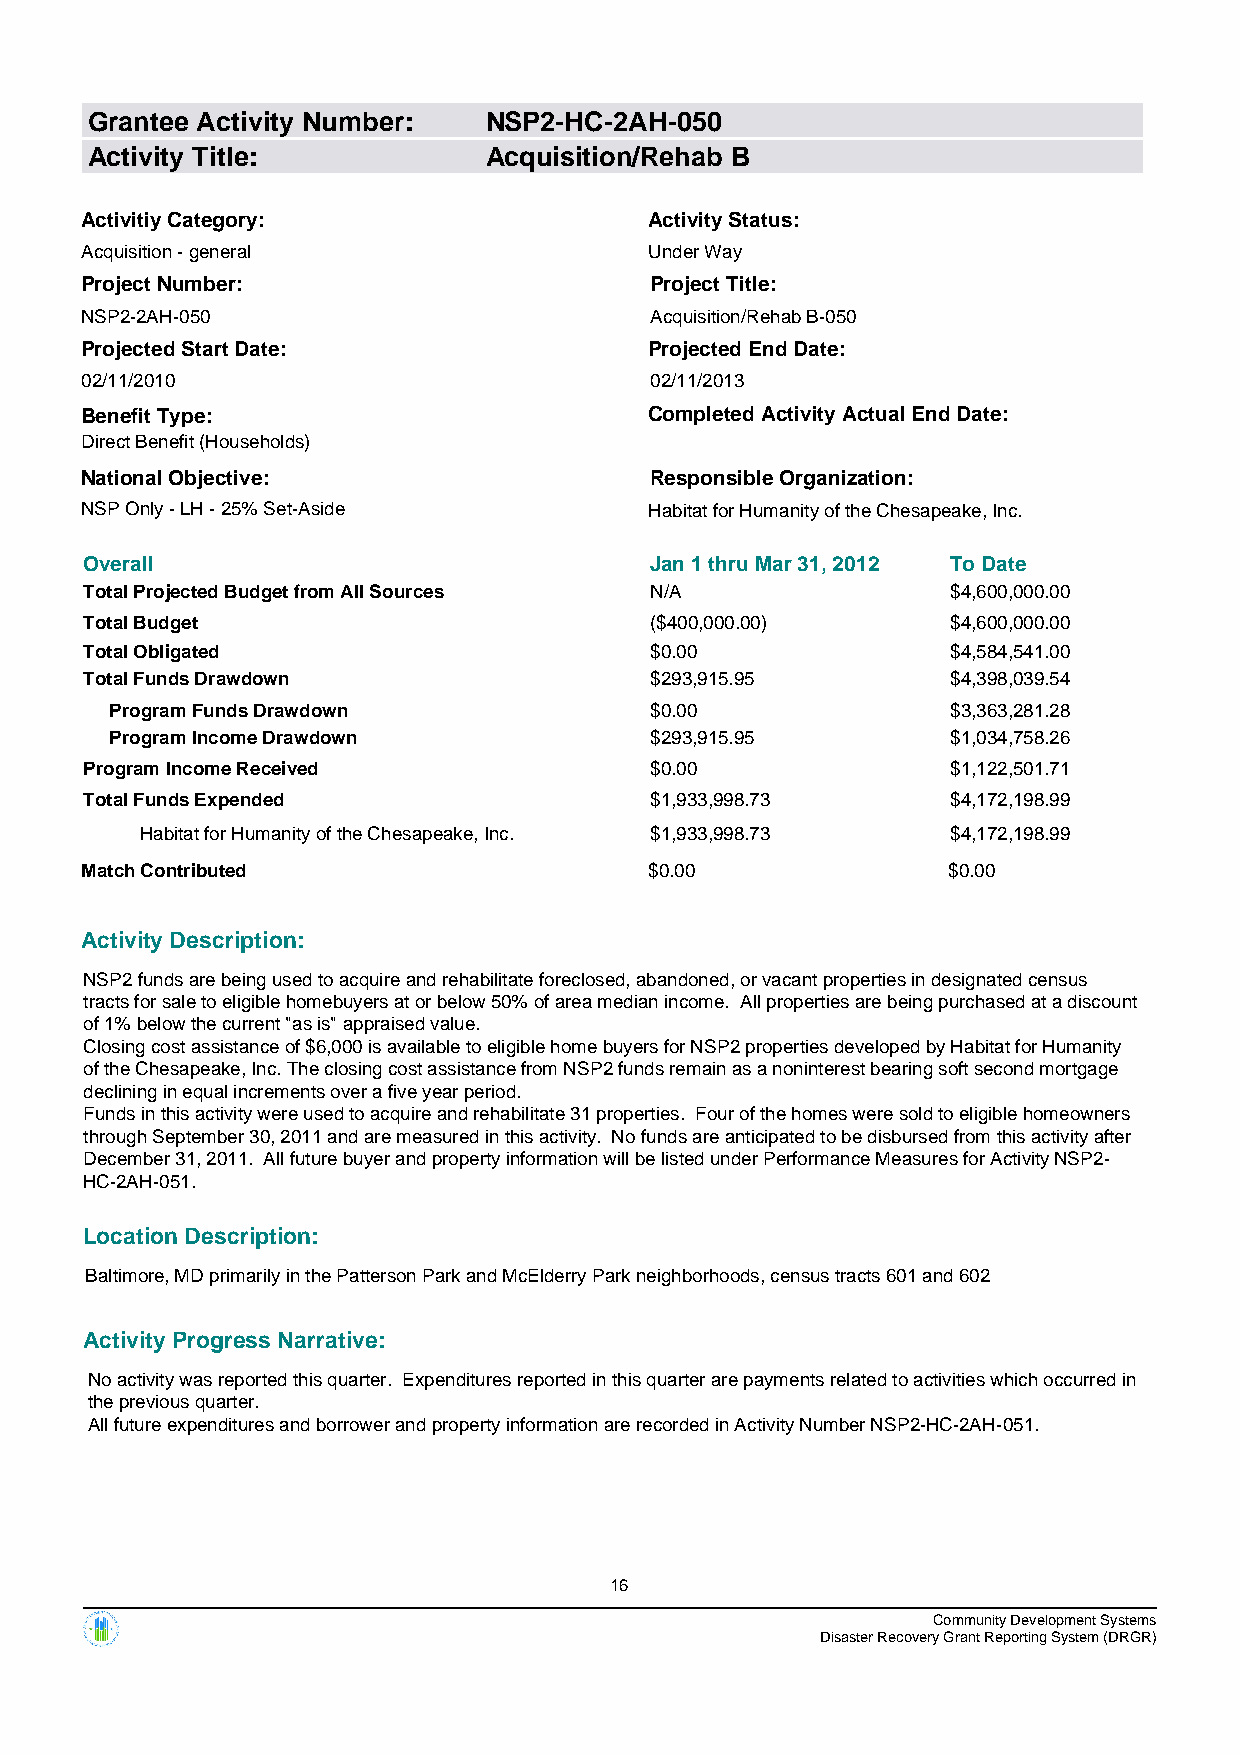
Grantee Activity Number:  NSP2-HC-2AH-050
 Activity Title:           Acquisition/Rehab B
 Activitiy Category:                   Activity Status:
 Acquisition - general                 Under Way
 Project Number:                       Project Title:
 NSP2-2AH-050                          Acquisition/Rehab B-050
 Projected Start Date:                 Projected End Date:
 02/11/2010                            02/11/2013
 Benefit Type:                         Completed Activity Actual End Date:
 Direct Benefit (Households)
 National Objective:                   Responsible Organization:
 NSP Only - LH - 25% Set-Aside         Habitat for Humanity of the Chesapeake, Inc.
 Overall                              Jan 1 thru Mar 31, 2012 To Date
 Total Projected Budget from All Sources N/A              $4,600,000.00
 Total Budget                         ($400,000.00)       $4,600,000.00
 Total Obligated                      $0.00               $4,584,541.00
 Total Funds Drawdown                 $293,915.95         $4,398,039.54
 Program Funds Drawdown              $0.00               $3,363,281.28
 Program Income Drawdown             $293,915.95         $1,034,758.26
 Program Income Received              $0.00               $1,122,501.71
 Total Funds Expended                 $1,933,998.73       $4,172,198.99
 Habitat for Humanity of the Chesapeake, Inc. $1,933,998.73 $4,172,198.99
 Match Contributed                     $0.00               $0.00
 Activity Description:
 NSP2 funds are being used to acquire and rehabilitate foreclosed, abandoned, or vacant properties in designated census
 tracts for sale to eligible homebuyers at or below 50% of area median income. All properties are being purchased at a discount
 of 1% below the current "as is" appraised value.
 Closing cost assistance of $6,000 is available to eligible home buyers for NSP2 properties developed by Habitat for Humanity
 of the Chesapeake, Inc. The closing cost assistance from NSP2 funds remain as a noninterest bearing soft second mortgage
 declining in equal increments over a five year period.
 Funds in this activity were used to acquire and rehabilitate 31 properties. Four of the homes were sold to eligible homeowners
 through September 30, 2011 and are measured in this activity. No funds are anticipated to be disbursed from this activity after
 December 31, 2011. All future buyer and property information will be listed under Performance Measures for Activity NSP2-
 HC-2AH-051.
 Location Description:
 Baltimore, MD primarily in the Patterson Park and McElderry Park neighborhoods, census tracts 601 and 602
 Activity Progress Narrative:
 No activity was reported this quarter. Expenditures reported in this quarter are payments related to activities which occurred in
 the previous quarter.
 All future expenditures and borrower and property information are recorded in Activity Number NSP2-HC-2AH-051.
 16
 Community Development Systems
 Disaster Recovery Grant Reporting System (DRGR)